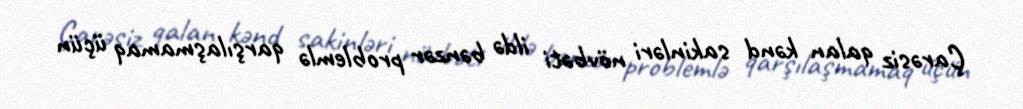
Çarəsiz qalan kənd sakinləri növbəti ildə bənzər problemlə qarşılaşmamaq üçün